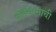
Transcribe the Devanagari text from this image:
वर्तमानाची